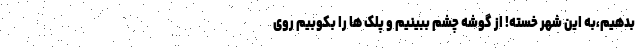
بدهیم،به این شهرِ خسته! از گوشه چشم ببینیم و پلک ها را بکوبیم روی